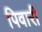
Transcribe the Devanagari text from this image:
पिवारी